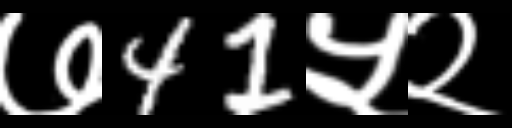
Text: ७41५२